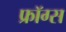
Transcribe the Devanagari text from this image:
फ्रॉग्स